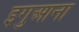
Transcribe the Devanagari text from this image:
इगुआना